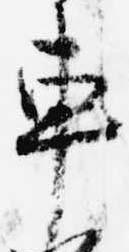
車